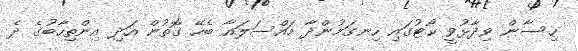
ހިސާން ވިދާޅުވީ ކޯޓުގައި ހިނގަމުންދާ މައްސަލައާ ބެހޭ ގޮތުން އަދި އިންތިހާބުގެ ދެ